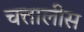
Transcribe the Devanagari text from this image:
चत्तालीस